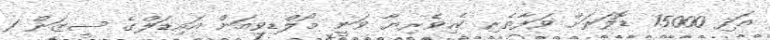
އަދި 15000 ޑޮލަރަށް ވަފާތެރި ކެހިވެރިޔާ ވަނީ މޯލްޑިވިއަން އައިޑަލްގެ ސީޒަން 1